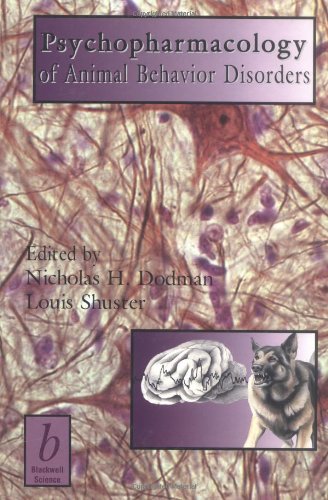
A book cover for Psychopharmacology of Animal Behaviour Disorders; Medical Books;